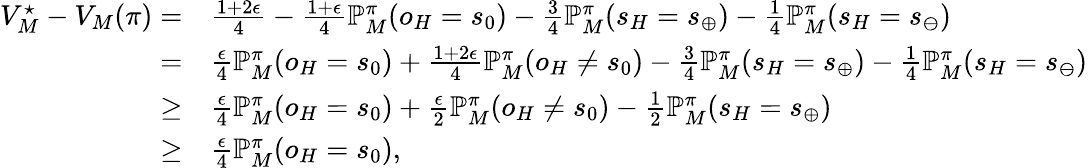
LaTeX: \begin{array}{rl}{V_{M}^{\star}-V_{M}(\pi)=}&{\frac{1+2\epsilon}{4}-\frac{1+\epsilon}{4}\mathbb{P}_{M}^{\pi}(o_{H}=s_{0})-\frac{3}{4}\mathbb{P}_{M}^{\pi}(s_{H}=s_{\oplus})-\frac{1}{4}\mathbb{P}_{M}^{\pi}(s_{H}=s_{\ominus})}\\ {=}&{\frac{\epsilon}{4}\mathbb{P}_{M}^{\pi}(o_{H}=s_{0})+\frac{1+2\epsilon}{4}\mathbb{P}_{M}^{\pi}(o_{H}\neq s_{0})-\frac{3}{4}\mathbb{P}_{M}^{\pi}(s_{H}=s_{\oplus})-\frac{1}{4}\mathbb{P}_{M}^{\pi}(s_{H}=s_{\ominus})}\\ {\geq}&{\frac{\epsilon}{4}\mathbb{P}_{M}^{\pi}(o_{H}=s_{0})+\frac{\epsilon}{2}\mathbb{P}_{M}^{\pi}(o_{H}\neq s_{0})-\frac{1}{2}\mathbb{P}_{M}^{\pi}(s_{H}=s_{\oplus})}\\ {\geq}&{\frac{\epsilon}{4}\mathbb{P}_{M}^{\pi}(o_{H}=s_{0}),}\end{array}